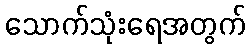
သောက်သုံးရေအတွက်